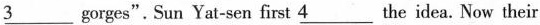
\underline{3} gorges". Sun Yat-sen first \underline{4} the idea. Now their